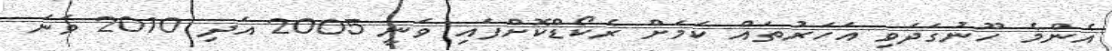
އެންމެ ހޫނުގަދަވި އަހަރުތައް ކަމަށް ރެކޯޑްކޮށްފައި ވަނީ 2005 އަދި 2010 ވަނަ